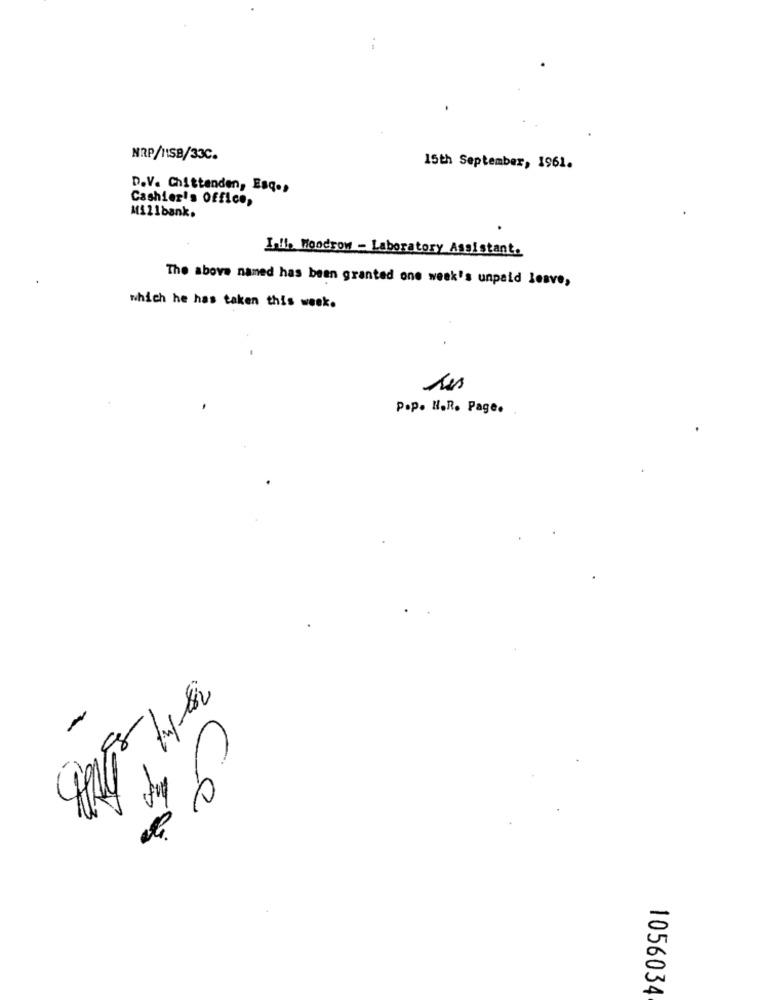
NRP/11SB/33C.
15th September, 1961.
D.V. Chittenden, Esq .,
Cashier's Office,
Millbank.
Ialis Woodrow - Laboratory Assistant.
The above named has been granted one week's unpaid lesve,
which he has taken this week.
Pop. H.R. Page.
Ce
1056034